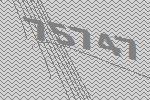
75747